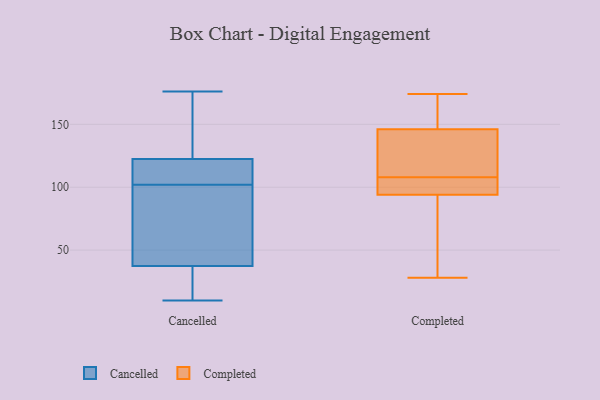
{"axis": {"x": "Population (Million)", "y": "Value"}, "legend": ["Cancelled", "Completed"], "data": [{"x": "", "y": 148, "type": "Cancelled"}, {"x": "", "y": 102, "type": "Cancelled"}, {"x": "", "y": 109, "type": "Cancelled"}, {"x": "", "y": 15, "type": "Cancelled"}, {"x": "", "y": 110, "type": "Cancelled"}, {"x": "", "y": 157, "type": "Cancelled"}, {"x": "", "y": 66, "type": "Cancelled"}, {"x": "", "y": 10, "type": "Cancelled"}, {"x": "", "y": 26, "type": "Cancelled"}, {"x": "", "y": 65, "type": "Cancelled"}, {"x": "", "y": 176, "type": "Cancelled"}, {"x": "", "y": 114, "type": "Cancelled"}, {"x": "", "y": 41, "type": "Cancelled"}, {"x": "", "y": 174, "type": "Completed"}, {"x": "", "y": 163, "type": "Completed"}, {"x": "", "y": 94, "type": "Completed"}, {"x": "", "y": 99, "type": "Completed"}, {"x": "", "y": 117, "type": "Completed"}, {"x": "", "y": 146, "type": "Completed"}, {"x": "", "y": 28, "type": "Completed"}, {"x": "", "y": 140, "type": "Completed"}, {"x": "", "y": 94, "type": "Completed"}, {"x": "", "y": 59, "type": "Completed"}]}